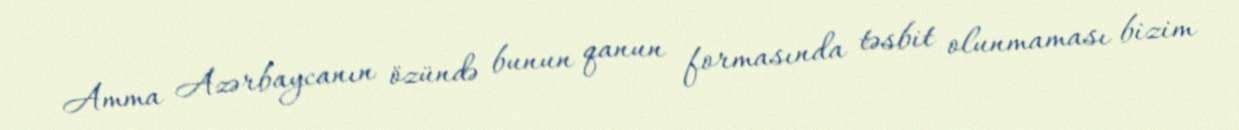
Amma Azərbaycanın özündə bunun qanun formasında təsbit olunmaması bizim